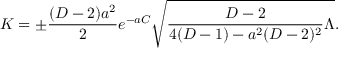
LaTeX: K = \pm { \frac { ( D - 2 ) a ^ { 2 } } { 2 } } e ^ { - a C } \sqrt { { \frac { D - 2 } { 4 ( D - 1 ) - a ^ { 2 } ( D - 2 ) ^ { 2 } } } \Lambda } .